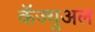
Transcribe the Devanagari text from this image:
कॅज्युअल